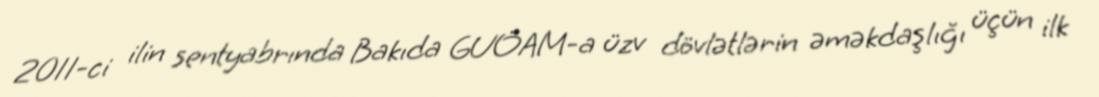
2011-ci ilin sentyabrında Bakıda GUÖAM-a üzv dövlətlərin əməkdaşlığı üçün ilk